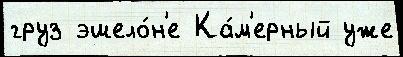
груз эшело́н'е Ка́м'ерный уже